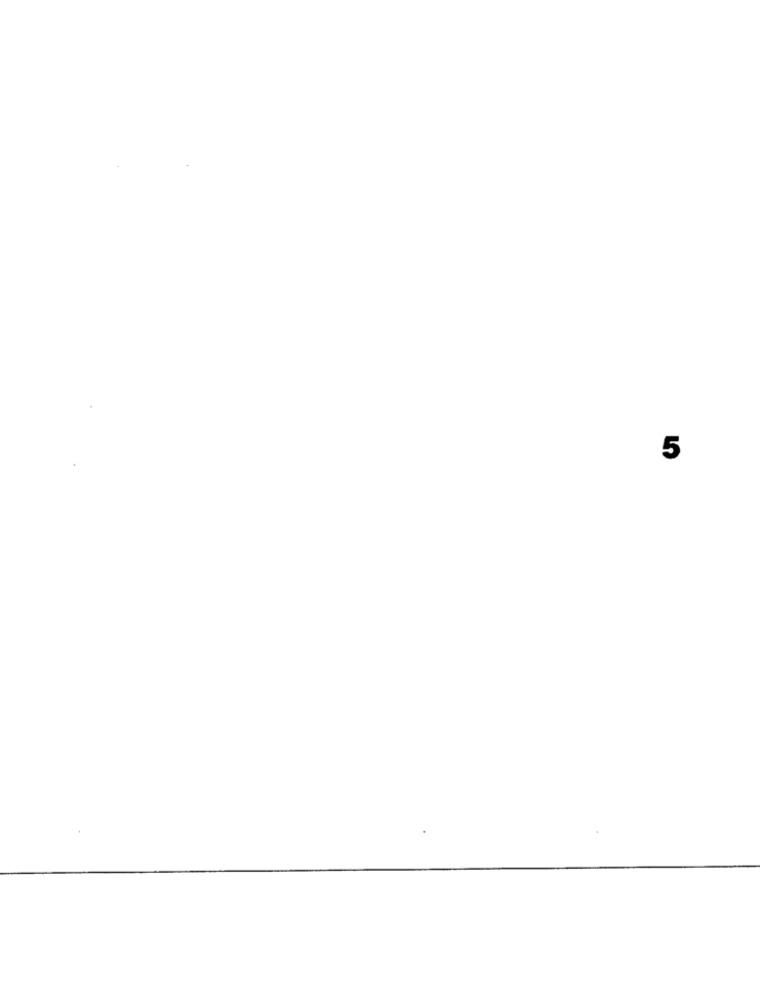
5